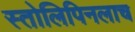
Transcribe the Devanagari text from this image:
स्तोलिपिनलाच